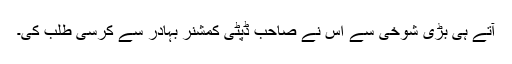
آتے ہی بڑی شوخی سے اس نے صاحب ڈپٹی کمشنر بہادر سے کرسی طلب کی۔